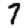
Digit: 7